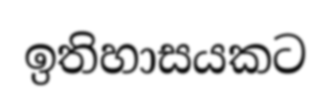
ඉතිහාසයකට